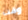
وقت